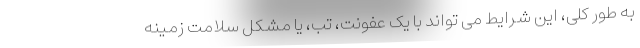
به طور کلی، این شرایط می تواند با یک عفونت، تب، یا مشکل سلامت زمینه